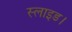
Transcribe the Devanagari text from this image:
स्लाइड।